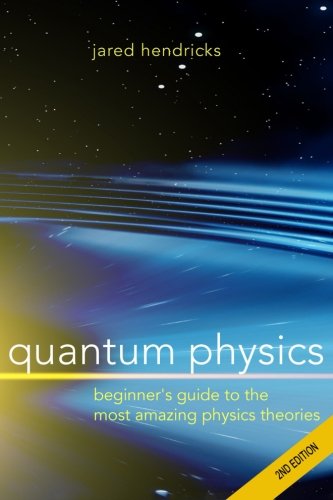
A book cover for Quantum Physics: Superstrings, Einstein & Bohr, Quantum Electrodynamics, Hidden Dimensions and Other Most Amazing Physics Theories - Ultimate Beginner's Guide; Jared Hendricks; Science & Math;